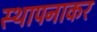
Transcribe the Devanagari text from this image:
स्थापनाकर